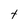
Character: t